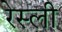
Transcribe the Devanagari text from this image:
रेस्ली